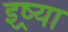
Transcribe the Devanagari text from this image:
इष्र्या